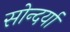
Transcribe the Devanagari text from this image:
सोन्दर्या